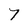
Character: 7